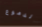
الدموع